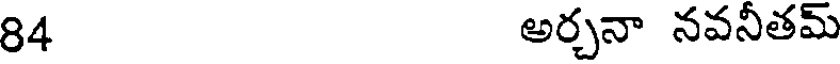
84 అర్చనా నవనీతమ్